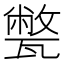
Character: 𤮕